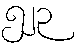
၅၂၃